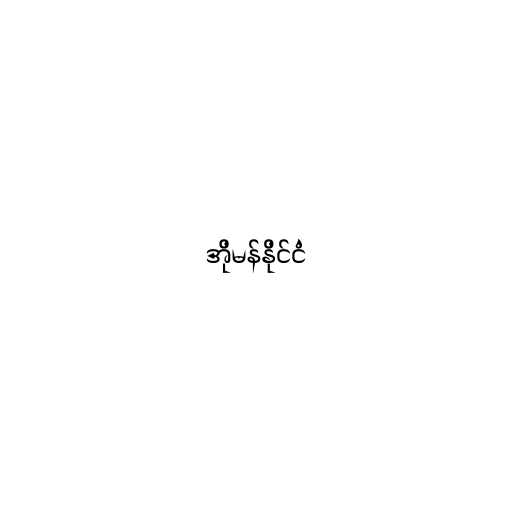
အိုမန်နိုင်ငံ